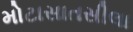
મોટાસાતસીલા